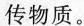
传物质。